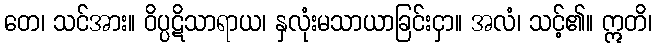
တေ၊ သင်အား။ ဝိပ္ပဋိသာရာယ၊ နှလုံးမသာယာခြင်းငှာ။ အလံ၊ သင့်၏။ ဣတိ၊